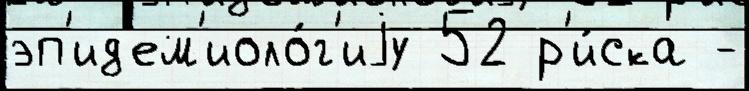
эп'ид'ем'иоло́г'иjу 52 р'и́ска -